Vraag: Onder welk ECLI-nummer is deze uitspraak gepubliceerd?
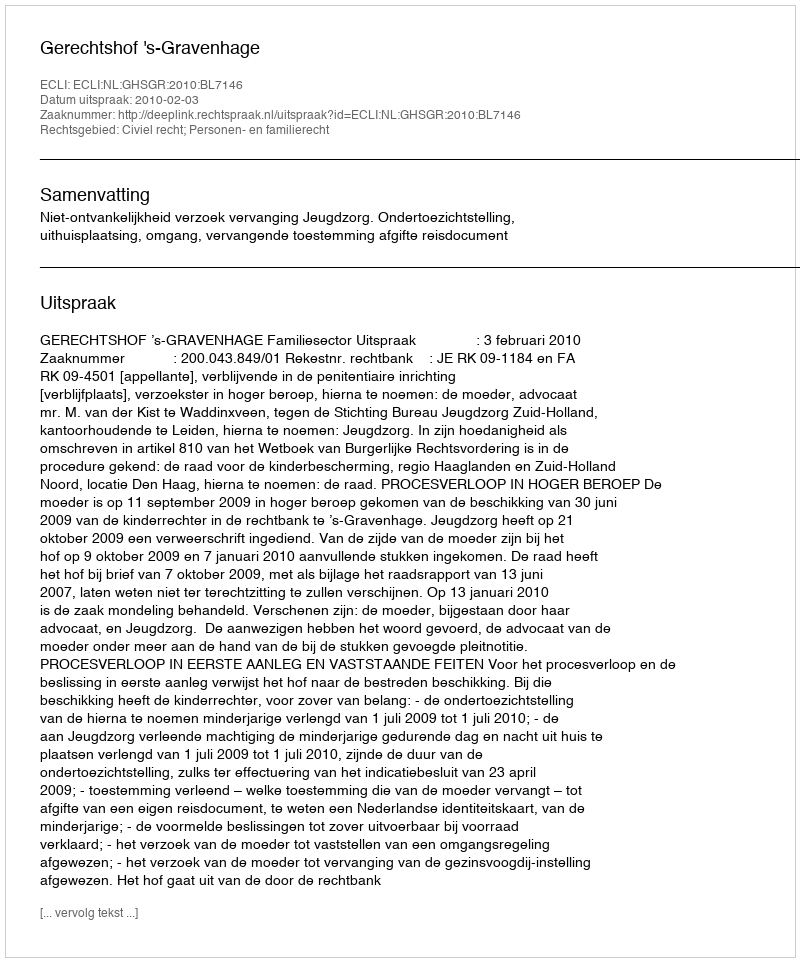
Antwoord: ECLI:NL:GHSGR:2010:BL7146